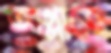
আগ্‌লাতে